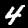
Digit: 4